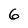
Character: 6